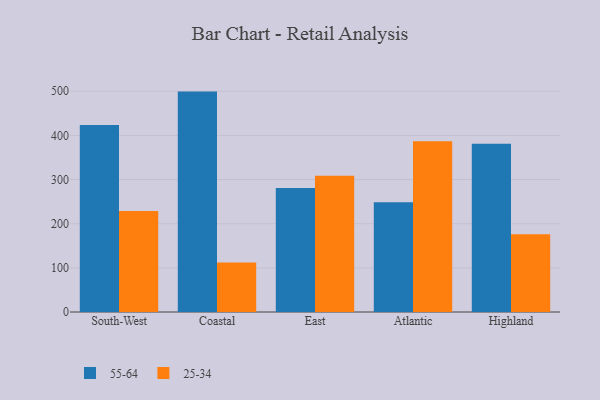
{"axis": {"x": "Region", "y": "Budget (USD K)"}, "legend": ["25-34", "55-64"], "data": [{"x": "South-West", "y": 423.8, "type": "55-64"}, {"x": "South-West", "y": 228.9, "type": "25-34"}, {"x": "Coastal", "y": 499.3, "type": "55-64"}, {"x": "Coastal", "y": 112.2, "type": "25-34"}, {"x": "East", "y": 280.9, "type": "55-64"}, {"x": "East", "y": 308.9, "type": "25-34"}, {"x": "Atlantic", "y": 248.5, "type": "55-64"}, {"x": "Atlantic", "y": 386.6, "type": "25-34"}, {"x": "Highland", "y": 381.3, "type": "55-64"}, {"x": "Highland", "y": 176.0, "type": "25-34"}]}